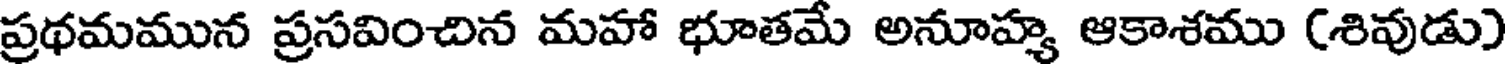
ప్రథమమున ప్రసవించిన మహా భూతమే అనూహ్య ఆకాశము (శివుడు)